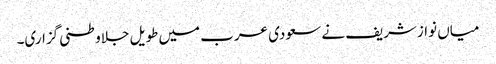
میاں نوازشریف نے سعودی عرب میں طویل جلاوطنی گزاری۔